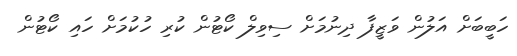
ހަބީބަށް އަލުން ވަޒީފާ ދިނުމަށް ސިވިލް ކޯޓުން ކުރި ހުކުމަށް ހައި ކޯޓުން